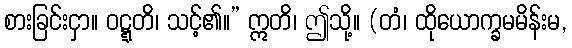
စားခြင်းငှာ။ ဝဋ္ဋတိ၊ သင့်၏။” ဣတိ၊ ဤသို့။ (တံ၊ ထိုယောက္ခမမိန်းမ,